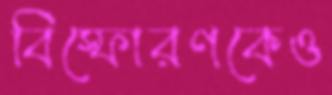
বিস্ফোরণকেও